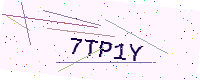
Text: 7TP1Y